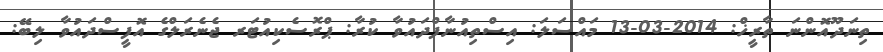
ތިނަދޫއޮންނަ ތާރީޚް: 2014-03-13 މައްސަލަ: އިސްތިއުނާފްދައުވާ ކުރާ: ޕްރޮސެކިއުޓަރ ޖެނެރަލްގެ އޮފީސްދައުވާ ލިބޭ: